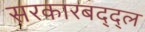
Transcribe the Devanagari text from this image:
सरकारबद्द्ल